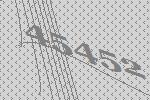
45452